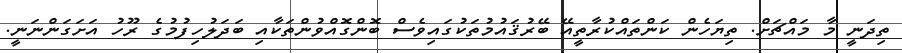
ތިދަނީ މާ މައްޗަށް. ތިޔަހެން ކަންތައްކުރާތީއޭ ބޭރުޤައުމުތަކުގައިވެސް ބޮންގޮއްވުންތަކާއި ބަދަލުހިފުމުގެ ރޫހު އަށަގަންނަނީ.